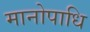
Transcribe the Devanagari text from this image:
मानोपाधि